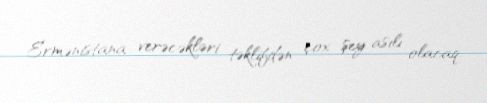
Ermənistana verəcəkləri təklifdən çox şey asılı olacaq.